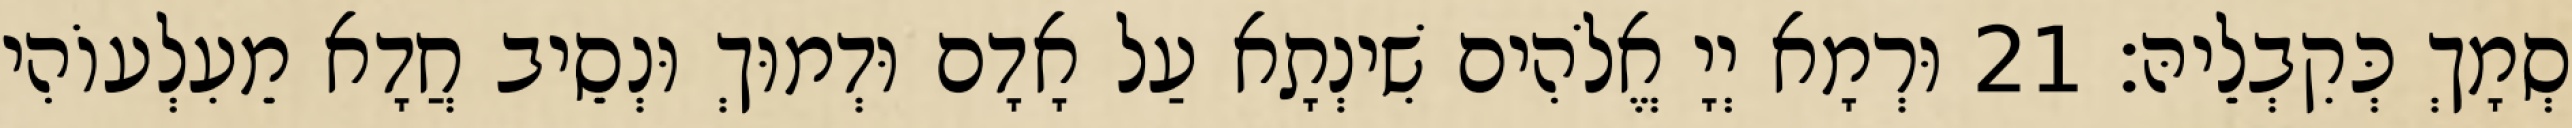
סְמָךְ כְּקִבְלֵיהּ׃ 21 וּרְמָא יְיָ אֱלֹהִים שִׁינְתָא עַל אָדָם וּדְמוּךְ וּנְסֵיב חֲדָא מֵעִלְעוֹהִי